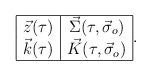
LaTeX: \begin{align*}\begin{array}{|c|c|}\hline \vec{z}(\tau)&\vec{\Sigma}(\tau,\vec{\sigma}_o)\\\vec{k}(\tau)&\vec{K}(\tau,\vec{\sigma}_o)\\ \hline\end{array}. \end{align*}